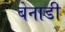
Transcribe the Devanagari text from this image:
बेनाडी